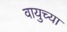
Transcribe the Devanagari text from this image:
वायुच्या